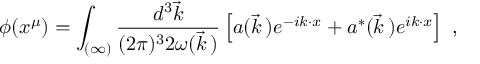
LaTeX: \phi ( x ^ { \mu } ) = \int _ { ( \infty ) } \frac { d ^ { 3 } \vec { k } } { ( 2 \pi ) ^ { 3 } 2 \omega ( \vec { k } \, ) } \left[ a ( \vec { k } \, ) e ^ { - i k \cdot x } + a ^ { * } ( \vec { k } \, ) e ^ { i k \cdot x } \right] \ ,